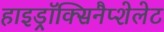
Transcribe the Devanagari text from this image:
हाइड्रॉक्सिनैप्शेलेट